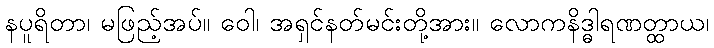
နပူရိတာ၊ မဖြည့်အပ်။ ဝေါ၊ အရှင်နတ်မင်းတို့အား။ လောကနိဒ္ဓါရဏတ္ထာယ၊